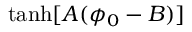
\operatorname { t a n h } [ A ( \phi _ { 0 } - B ) ]